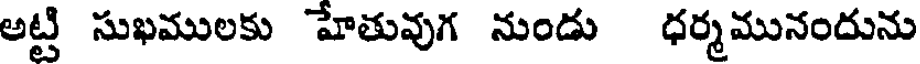
అట్టి సుఖములకు హేతువుగ నుండు ధర్మమునందును